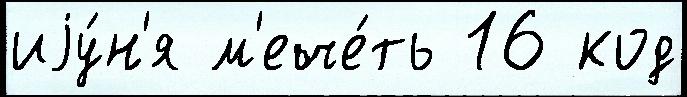
иjу́н'я м'ече́ть 16 код